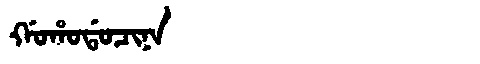
Manchu: ᡤᠣᡥᠣᡩᠣᠴᡳᠨᠠ
Romanization: GOHODOCINA